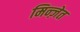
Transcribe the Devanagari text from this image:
मिन्ज़ेत